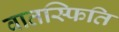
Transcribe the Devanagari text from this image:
वातस्फिति